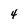
Character: 4